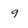
Character: 9